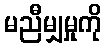
မညီမျှမှုကို